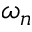
\omega _ { n }